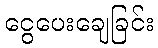
ငွေပေးချေခြင်း